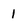
Character: 1